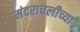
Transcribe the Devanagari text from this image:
मंदराचलीच्या